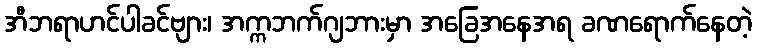
အီဘရာဟင်ပါခင်ဗျား၊ အက္ကဘက်ဂျဘားမှာ အခြေအနေအရ ခဏရောက်နေတဲ့